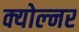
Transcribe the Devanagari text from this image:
क्योल्नर